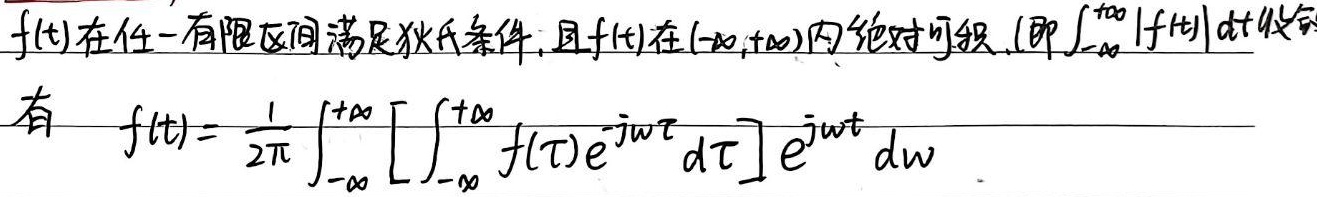
若\(f(t)\)在任一有限区间满足狄氏条件，且\(f(t)\)在\((-\infty,+\infty)\)内绝对可积（即\(\int_{-\infty}^{+\infty}|f(t)|dt\)收敛），则有
\[f(t)=\frac{1}{2\pi}\int_{-\infty}^{+\infty}\left[\int_{-\infty}^{+\infty}f(\tau)e^{-jw\tau}d\tau\right]e^{jwt}dw\]